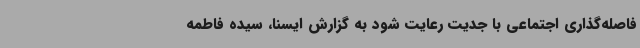
فاصله‌گذاری اجتماعی با جدیت رعایت شود به گزارش ایسنا، سیده فاطمه